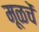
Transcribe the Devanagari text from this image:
मूळचें